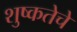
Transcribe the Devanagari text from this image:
शुष्कतेचे